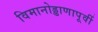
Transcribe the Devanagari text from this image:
विमानोड्डाणापूर्वी